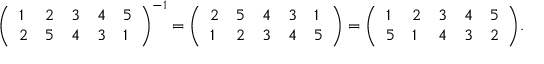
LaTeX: { \left( \begin{array} { l l l l l } { 1 } & { 2 } & { 3 } & { 4 } & { 5 } \\ { 2 } & { 5 } & { 4 } & { 3 } & { 1 } \end{array} \right) } ^ { - 1 } = { \left( \begin{array} { l l l l l } { 2 } & { 5 } & { 4 } & { 3 } & { 1 } \\ { 1 } & { 2 } & { 3 } & { 4 } & { 5 } \end{array} \right) } = { \left( \begin{array} { l l l l l } { 1 } & { 2 } & { 3 } & { 4 } & { 5 } \\ { 5 } & { 1 } & { 4 } & { 3 } & { 2 } \end{array} \right) } .